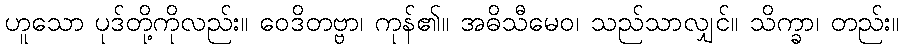
ဟူသော ပုဒ်တို့ကိုလည်း။ ဝေဒိတဗ္ဗာ၊ ကုန်၏။ အဓိသီမေဝ၊ သည်သာလျှင်။ သိက္ခာ၊ တည်း။